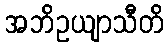
အဘိဥယျာသီတိ